Report on the Calcutta epizootic or cattle disease of 1864 in Calcutta and its neighbourhood
Year: 1864
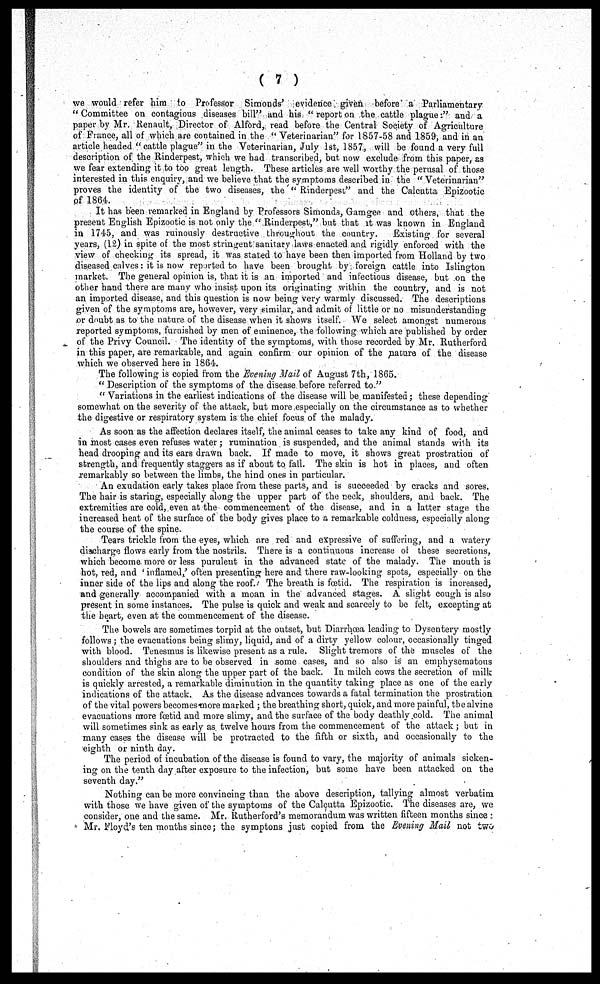
( 7 )
we would refer him to Professor Simonds' evidence given before a Parliamentary
" Committee on contagious diseases bill" and his " report on the cattle plague:" and a
paper by Mr. Renault, Director of Alford, read before the Central Society of Agriculture
of France, all of which are contained in the " Veterinarian" for 1857-58 and 1859, and in an
article headed "cattle plague" in the Veterinarian, July 1st, 1857, will be found a very full
description of the Rinderpest, which we had transcribed, but now exclude from this paper, as
we fear extending it to too great length. These articles are well worthy the perusal of those
interested in this enquiry, and we believe that the symptoms described in the " Veterinarian"
proves the identity of the two diseases, the " Rinderpest" and the Calcutta Epizootic
pf 1864.
It has been remarked in England by Professors Simonds, Gamgee and others, that the
present English Epizootic is not only the "Rinderpest," but that it was known in England
in 1745, and was ruinously destructive throughout the country.
Existing for several
years, (12) in spite of the most stringent sanitary laws enacted and rigidly enforced with the
view of checking its spread, it was stated to have been then imported from Holland by two
diseased calves: it is now reported to have been brought by foreign cattle into Islington
market. The general opinion is, that it is an imported and infectious disease, but on the
other hand there are many who insist upon its originating within the country, and is not
an imported disease, and this question is now being very warmly discussed. The descriptions
given of the symptoms are, however, very similar, and admit of little or no misunderstanding
or doubt as to the nature of the disease when it shows itself. We select amongst numerous
reported symptoms, furnished by men of eminence, the following which are published by order
of the Privy Council. The identity of the symptoms, with those recorded by Mr. Rutherford
in this paper, are remarkable, and again confirm our opinion of the nature of the disease
which we observed here in 1864.
The following is copied from the Evening Mail of August 7th, 1865.
" Description of the symptoms of the disease before referred to."
" Variations in the earliest indications of the disease will be manifested; these depending
somewhat on the severity of the attack, but more especially on the circumstance as to whether
the digestive or respiratory system is the chief focus of the malady.
As soon as the affection declares itself, the animal ceases to take any kind of food, and
in most cases even refuses water ; rumination is suspended, and the animal stands with its
head drooping and its ears drawn back. If made to move, it shows great prostration of
strength, and frequently staggers as if about to fall. The skin is hot in places, and often
remarkably so between the limbs, the hind ones in particular.
An exudation early takes place from these parts, and is succeeded by cracks and sores.
The hair is staring, especially along the upper part of the neck, shoulders, and back. The
extremities are cold, even at the commencement of the disease, and in a latter stage the
increased heat of the surface of the body gives place to a remarkable coldness, especially along
the course of the spine.
Tears trickle from the eyes, which are red and expressive of suffering, and a watery
discharge flows early from the nostrils. There is a continuous increase of these secretions,
which become more or less purulent in. the advanced state of the malady. The mouth is
hot, red, and ' inflamed,' often presenting here and there raw-looking spots, especially on the
inner side of the lips and along the roof. The breath is foetid. The respiration is increased,
and generally accompanied with a moan in the advanced stages. A slight cough is also
present in some instances. The pulse is quick and weak and scarcely to be felt, excepting at
the heart, even at the commencement of the disease.
The bowels are sometimes torpid at the outset, but Diarrhœa leading to Dysentery mostly
follows; the evacuations being slimy, liquid, and of a dirty yellow colour, occasionally tinged
with blood. Tenesmus is likewise present as a rule. Slight tremors of the muscles of the
shoulders and thighs are to be observed in some cases, and so also is an emphysematous
condition of the skin along the upper part of the back. In milch cows the secretion of milk
is quickly arrested, a remarkable diminution in the quantity taking place as one of the early
indications of the attack. As the disease advances towards a fatal termination the prostration
of the vital powers becomes more marked ; the breathing short, quick, and more painful, the alvine
evacuations more fœtid and more slimy, and the surface of the body deathly cold. The animal
will sometimes sink as early as twelve hours from the commencement of the attack ; but in
many cases the disease will be protracted to the fifth or sixth, and occasionally to the
eighth or ninth day.
The period of incubation of the disease is found to vary, the majority of animals sicken-
ing on the tenth day after exposure to the infection, but some have been attacked on the
seventh day."
Nothing can be more convincing than the above description, tallying almost verbatim
with those we have given of the symptoms of the Calcutta Epizootic. The diseases are, we
consider, one and the same. Mr. Rutherford's memorandum was written fifteen months since :
Mr. Floyd's ten months since ; the symptons just copied from the Evening Mail not two